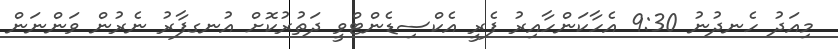
މިއަދު ހެނދުނު 9:30 އެހާކަންހާއިރު ފެރީ އެކްސިޑެންޓްވީ ދަތުރުކޮށް އުނގފާރު ނެރުން ވަންނަން